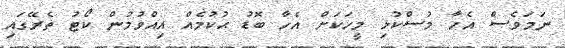
ނަމަވެސް އެހާ މުސްކުޅި މީހަކަށް އެހާ ބޮޑު ޙުކުމެއް އިއްވުމުން ކޯޓު ތެރޭގައި